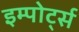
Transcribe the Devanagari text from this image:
इम्पोर्ट्स